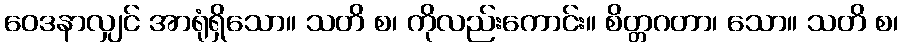
ဝေဒနာလျှင် အာရုံရှိသော။ သတိ စ၊ ကိုလည်းကောင်း။ စိတ္တဂတာ၊ သော။ သတိ စ၊